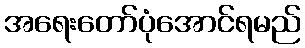
အရေးတော်ပုံအောင်ရမည်